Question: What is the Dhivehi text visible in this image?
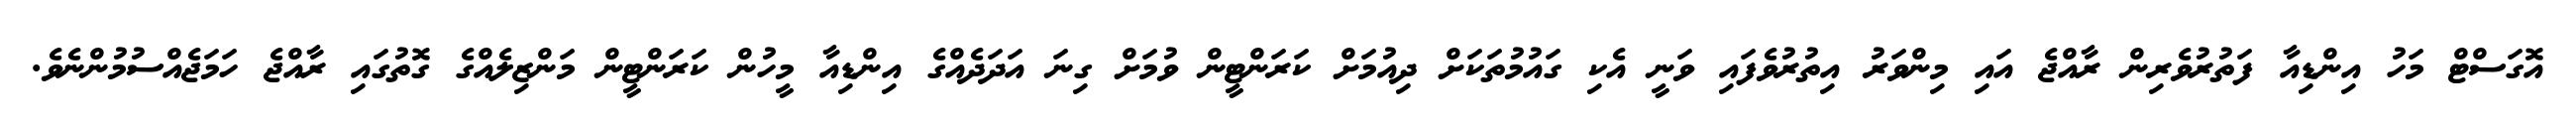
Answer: އޮގަސްޓް މަހު އިންޑިއާ ފަތުރުވެރިން ރާއްޖެ އައި މިންވަރު އިތުރުވެފައި ވަނީ އެކި ގައުމުތަކަށް ދިއުމަށް ކަރަންޓީން ވުމަށް ގިނަ އަދަދެއްގެ އިންޑިއާ މީހުން ކަރަންޓީން މަންޒިލެއްގެ ގޮތުގައި ރާއްޖެ ހަމަޖެއްސުމުންނެވެ.